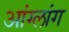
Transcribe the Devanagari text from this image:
आंग्लांग